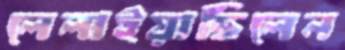
লেলাইয়াছিলেন